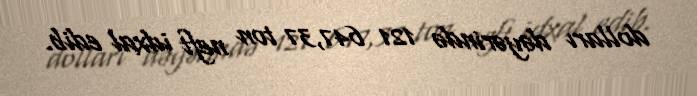
dolları dəyərində 121 647,37 ton neft idxal edib.